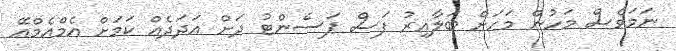
ނަމަވެސް މަހުން މަހަށް ބަލާއިރު ފަސް ޕަސެންޓު ދަށް އަދަދެއް ކަމަށް އެމްއެމްއޭ